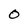
Character: O